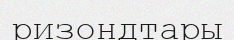
ризондтары